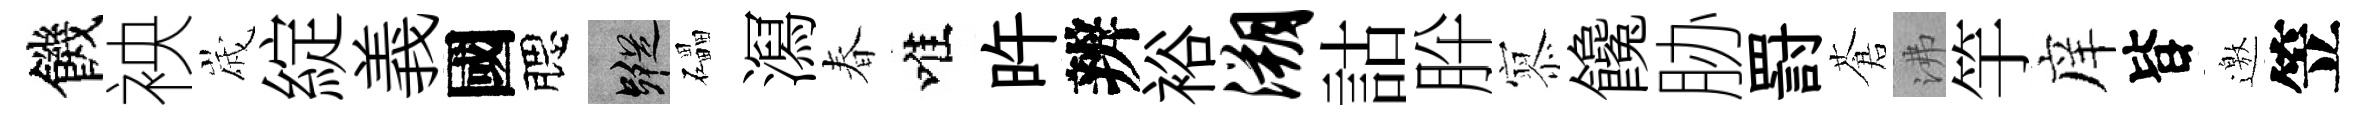
饑䘧𡻕綻義國腮蹤礧㵼春唯旿辨裕溯詁肸𡪹饞胁罸蒼沸竽庠𣅜邀笠